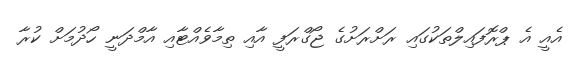
އެއީ އެ ޕްރޮފައިލްތަކުގައި ރަށްރަށުގެ ޖޯގްރަފީ އާއި ތިމާވެއްޓާއި އާމްދަނީ ހޯދުމަށް ކުރާ